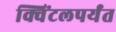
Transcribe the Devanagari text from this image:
क्विंटलपर्यंत